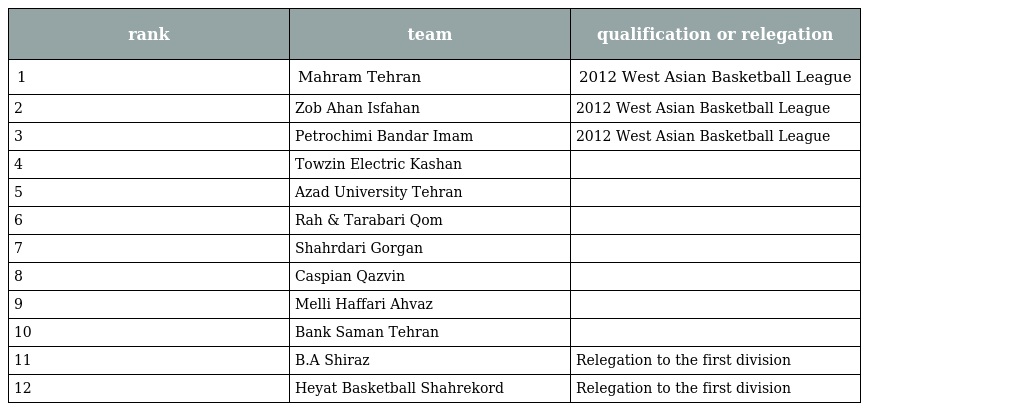
| rank | team | qualification or relegation |
 | --- | --- | --- |
 | 1 | Mahram Tehran | 2012 West Asian Basketball League |
 | 2 | Zob Ahan Isfahan | 2012 West Asian Basketball League |
 | 3 | Petrochimi Bandar Imam | 2012 West Asian Basketball League |
 | 4 | Towzin Electric Kashan |  |
 | 5 | Azad University Tehran |  |
 | 6 | Rah & Tarabari Qom |  |
 | 7 | Shahrdari Gorgan |  |
 | 8 | Caspian Qazvin |  |
 | 9 | Melli Haffari Ahvaz |  |
 | 10 | Bank Saman Tehran |  |
 | 11 | B.A Shiraz | Relegation to the first division |
 | 12 | Heyat Basketball Shahrekord | Relegation to the first division |